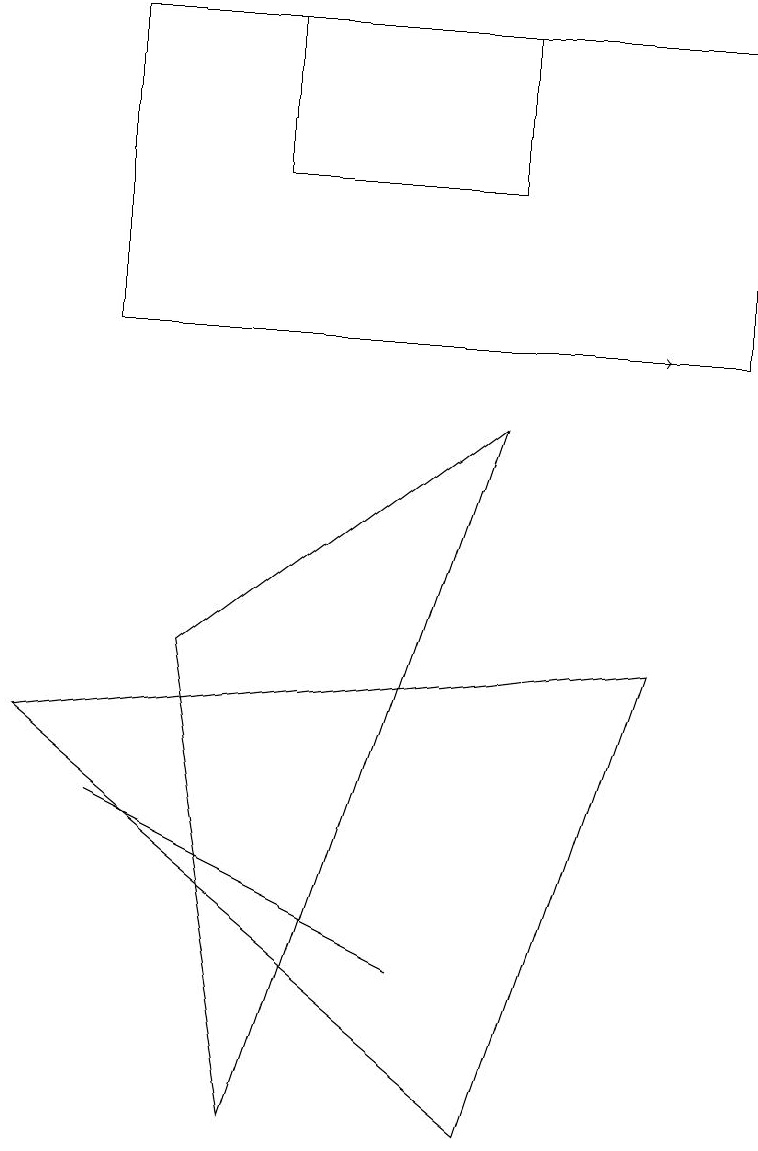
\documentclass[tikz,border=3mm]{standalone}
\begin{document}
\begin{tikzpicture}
\draw[->] (4,10) -- (8,10);
\draw (3,12) rectangle (6,14);
\draw (6,0) -- (8,6) -- (0,5) -- cycle;
\draw (5,2) -- (1,4) -- (5,2) -- cycle;
\draw (9,10) rectangle (1,14);
\draw (3,0) -- (2,6) -- (6,9) -- cycle;
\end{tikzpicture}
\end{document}